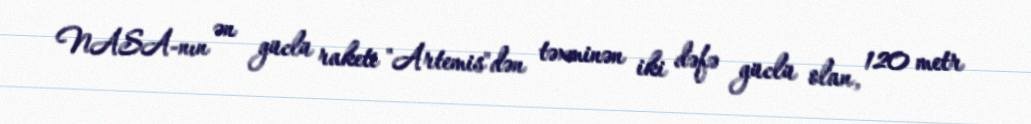
NASA-nın ən güclü raketi "Artemis"dən təxminən iki dəfə güclü olan, 120 metr